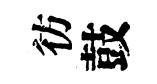
彷鼓